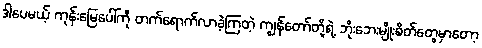
ဒါပေမယ့် ကုန်းမြေပေါ်ကို တက်ရောက်လာခဲ့ကြတဲ့ ကျွန်တော်တို့ရဲ့ ဘိုးဘေးမျိုးစိတ်တွေမှာတော့